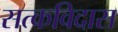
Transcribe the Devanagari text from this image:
सत्कविदास